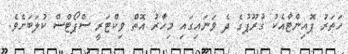
ހަތަރު ޕޮއިންޓާއެކު ގުރޫޕުގެ ދެ ވަނައިގައި މިހާރު އޮތް ވިކްޓަރީ ސްޕޯޓްސް ކުލަބަށެވެ.